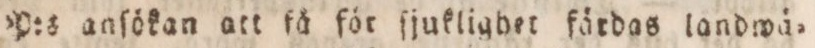
P:s anſökan att få för ſjuklighet färdas landwä=